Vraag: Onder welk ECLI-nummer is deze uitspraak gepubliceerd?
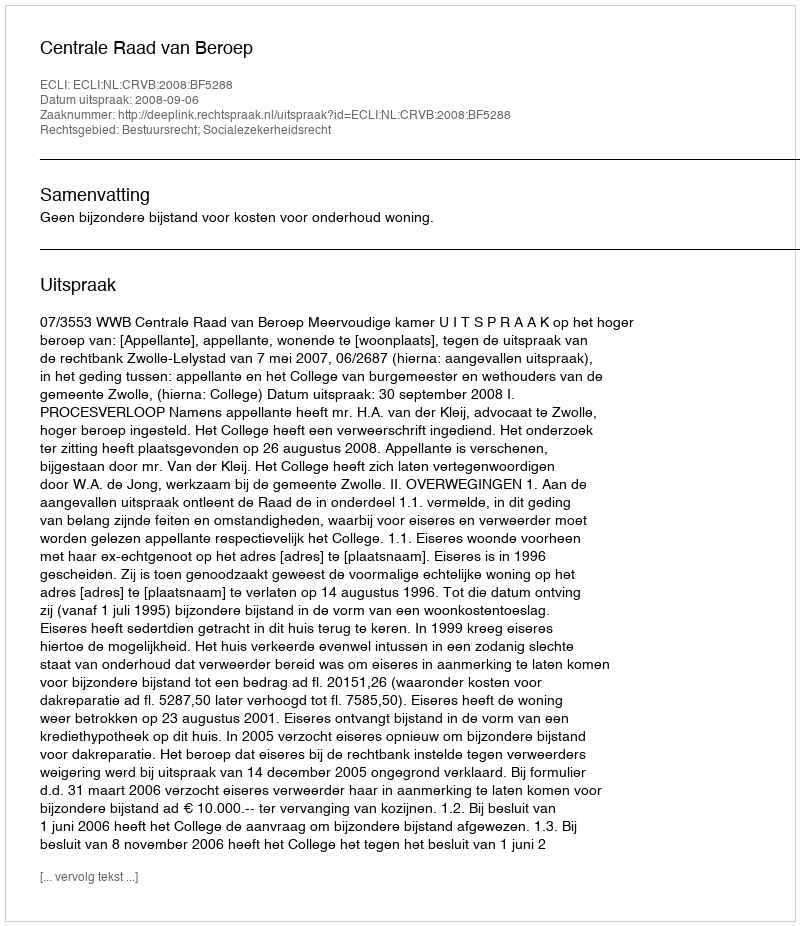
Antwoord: ECLI:NL:CRVB:2008:BF5288